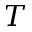
T